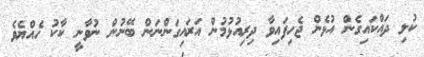
ކުލި ދައްކައިގެން އުޅެން ޖެހިފައިވާ ދިރިއުޅުމުން އަރައިގަންނަން ބޭނުން ނުވާނީ ކާކު ހެއްޔެވެ